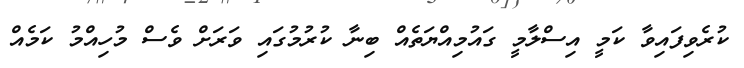
ކުރެވިފައިވާ ކަމީ އިސްލާމީ ގައުމިއްޔަތެއް ބިނާ ކުރުމުގައި ވަރަށް ވެސް މުހިއްމު ކަމެއް